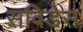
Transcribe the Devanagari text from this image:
सविडेस